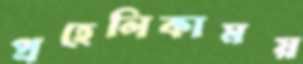
প্রহেলিকাময়